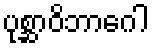
ပုစ္ဆာဝိဘာဂေါ